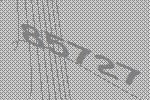
85727